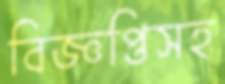
বিজ্ঞপ্তিসহ